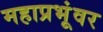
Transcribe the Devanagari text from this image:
महाप्रभूंवर